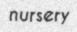
nursery